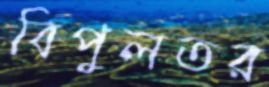
বিপুলতর